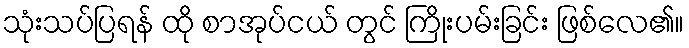
သုံးသပ်ပြရန် ထို စာအုပ်ငယ် တွင် ကြိုးပမ်းခြင်း ဖြစ်လေ၏။